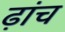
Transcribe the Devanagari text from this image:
ढ़ांच